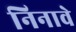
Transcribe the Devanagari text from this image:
निनावे